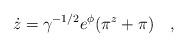
LaTeX: \begin{align*}\dot{z}=\gamma^{-1/2}e^{\phi}(\pi^{z}+\pi) ~~~,\end{align*}